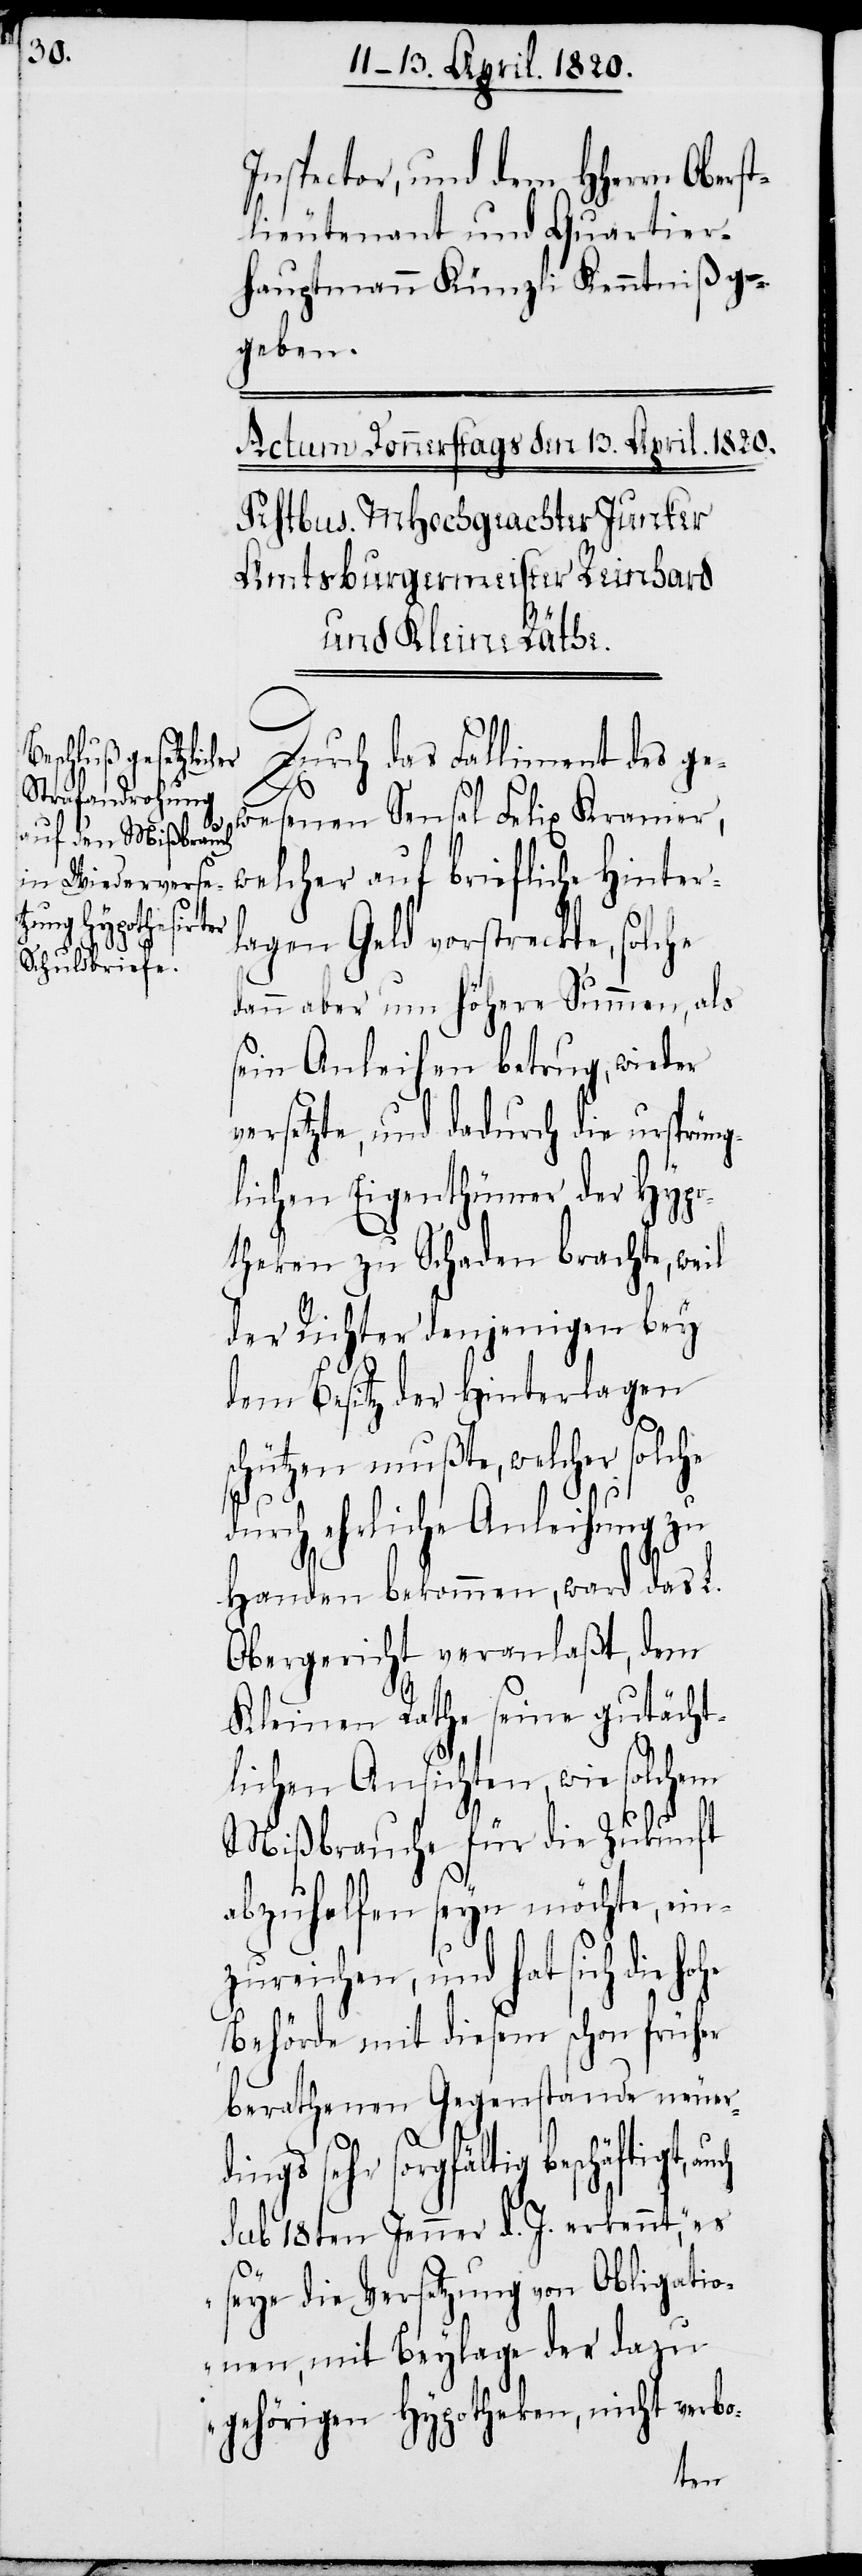
Inspector, und dem HHerrn Obers¬
t-Lieutenant und Quartie¬
r-Hauptmann Künzli Kenntniß ge¬
geben.
efliche Hinter¬
Durch das Falliment des ge¬
wesenen Sensal Felix Kramer,
he
legen Geld vorstreckte, solche
dann aber um Höhere Summen, als
sein Anleihen betrug, wieder
versetzte, und dadurch die ursprüng¬
lichen Eigenthümer der Hypo¬
theken zu Schaden brachte, weil
der Richter denjenigen bey
den Besitz der Hinterlagen
chützen mußte, welcher solc¬
durch ehrliche Anleihung zu
Handen bekommen, ward das
Obergericht veranlaßt, dem
Kleinen Rathe seine gutächt¬
lichen Ansichten, wie solchem
Mißbrauche für die Zukunft
abzuhelfen seyn möchte, ein¬
zureichen, und hat sich die
Behörde mit diesem schon früher
berathenen Gegenstande neuerd¬
ings sehr sorgfältig beschäftigt,
sub 18ten Jenner d. J. erlennt, „es
seye die Versetzung von Obligatio¬
nen, mit Beylage der dazu¬
gehörigen Hypotheken, nicht verbo-